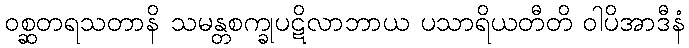
ဝစ္ဆတရသတာနိ သမန္တစက္ခုပဋိလာဘာယ ပသာရိယတီတိ ဝါပိအာဒီနံ